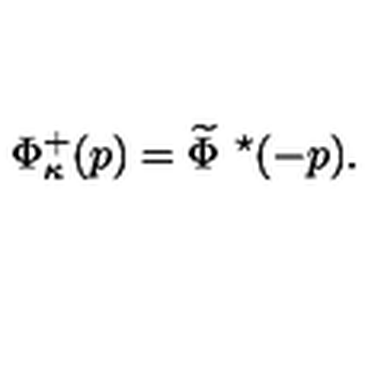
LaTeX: \Phi _ { \kappa } ^ { + } ( p ) = \widetilde { \Phi } \ ^ { \star } ( - p ) .